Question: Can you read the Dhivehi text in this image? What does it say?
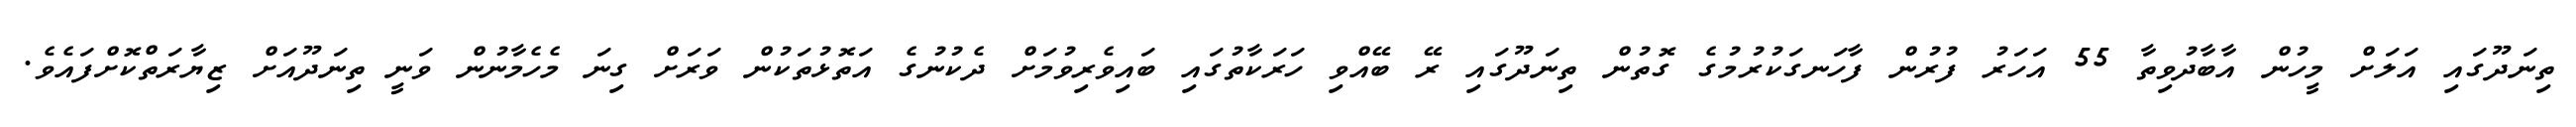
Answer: ތިނަދޫގައި އަލަށް މީހުން އާބާދުވިތާ 55 އަހަރު ފުރުން ފާހަނގަކުރުމުގެ ގޮތުން ތިނަދޫގައި ރޭ ބޭއްވި ހަރަކާތުގައި ބައިވެރިވުމަށް ދެކުނުގެ އަތޮޅުތަކުން ވަރަށް ގިނަ މެހެމާނުން ވަނީ ތިނަދޫއަށް ޒިޔާރަތްކޮށްފައެވެ.